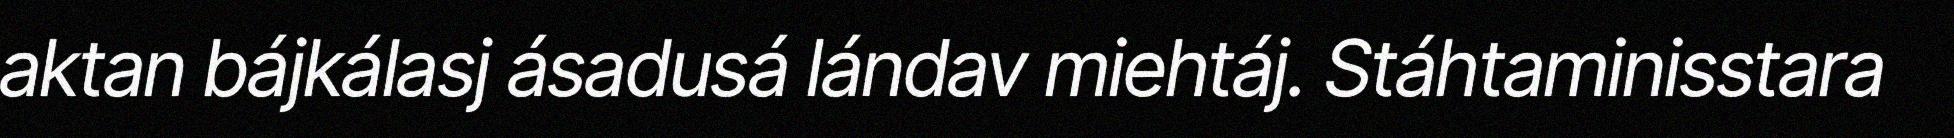
aktan bájkálasj ásadusá lándav miehtáj. Stáhtaminisstara